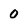
Character: 0